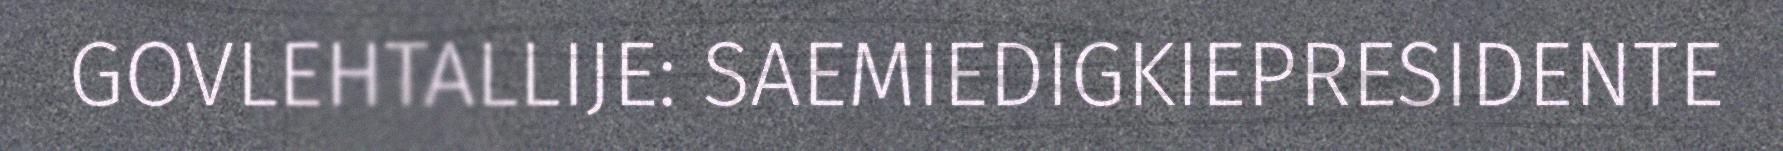
GOVLEHTALLIJE: SAEMIEDIGKIEPRESIDENTE